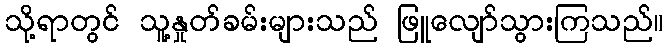
သို့ရာတွင် သူ့နှုတ်ခမ်းများသည် ဖြူလျော်သွားကြသည်။